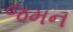
જમન